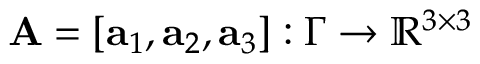
\mathbf A = [ \mathbf a _ { 1 } , \mathbf a _ { 2 } , \mathbf a _ { 3 } ] : \Gamma \to \mathbb { R } ^ { 3 \times 3 }